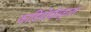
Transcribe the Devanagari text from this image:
कार्डियोवॉस्कुलर